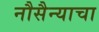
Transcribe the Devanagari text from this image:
नौसैन्याचा